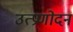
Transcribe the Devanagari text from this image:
उत्प्रणोदन